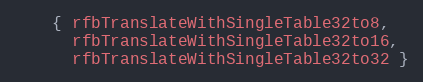
Language: C++
    { rfbTranslateWithSingleTable32to8,
      rfbTranslateWithSingleTable32to16,
      rfbTranslateWithSingleTable32to32 }